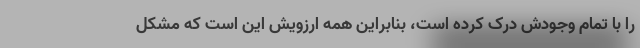
را با تمام وجودش درک کرده است، بنابراین همه ارزویش این است که مشکل